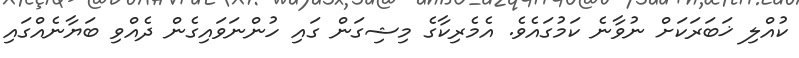
ކުއްލި ޚަބަރަކަށް ނުވާނެ ކަމުގައެވެ. އެމެރިކާގެ މިޝިގަން ގައި ހުންނަވައިގެން ދެއްވި ބަޔާނެއްގައި